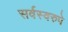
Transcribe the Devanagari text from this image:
सर्वस्वरुपे